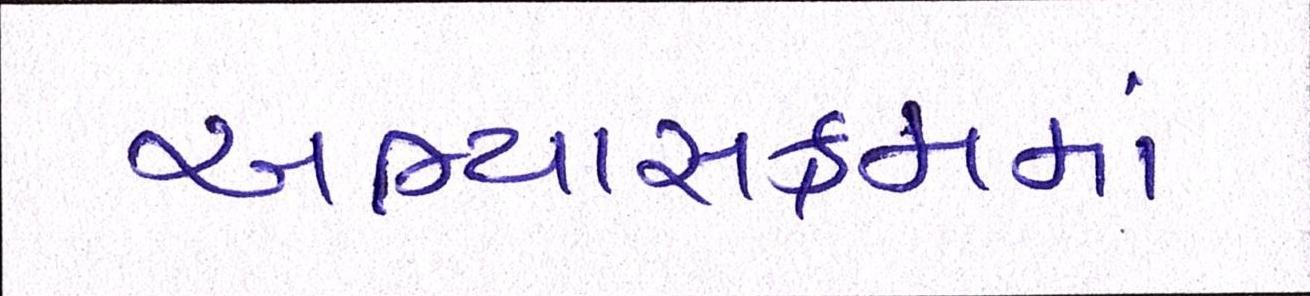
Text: અભ્યાસક્રમમાં